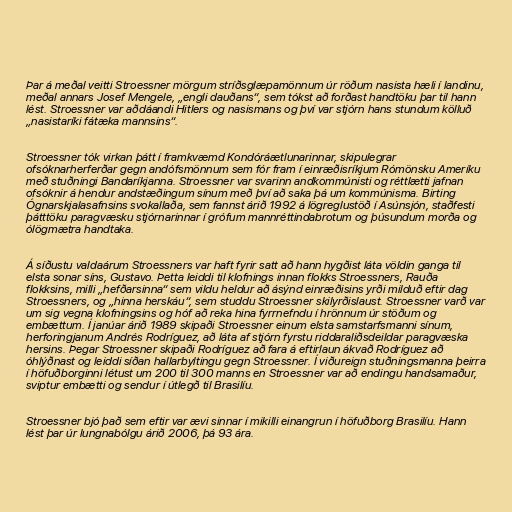
Þar á meðal veitti Stroessner mörgum stríðsglæpamönnum úr röðum nasista hæli í landinu,
meðal annars Josef Mengele, „engli dauðans“, sem tókst að forðast handtöku þar til hann
lést. Stroessner var aðdáandi Hitlers og nasismans og því var stjórn hans stundum kölluð
„nasistaríki fátæka mannsins“.

Stroessner tók virkan þátt í framkvæmd Kondóráætlunarinnar, skipulegrar
ofsóknarherferðar gegn andófsmönnum sem fór fram í einræðisríkjum Rómönsku Ameríku
með stuðningi Bandaríkjanna. Stroessner var svarinn andkommúnisti og réttlætti jafnan
ofsóknir á hendur andstæðingum sínum með því að saka þá um kommúnisma. Birting
Ógnarskjalasafnsins svokallaða, sem fannst árið 1992 á lögreglustöð í Asúnsjón, staðfesti
þátttöku paragvæsku stjórnarinnar í grófum mannréttindabrotum og þúsundum morða og
ólögmætra handtaka.

Á síðustu valdaárum Stroessners var haft fyrir satt að hann hygðist láta völdin ganga til
elsta sonar síns, Gustavo. Þetta leiddi til klofnings innan flokks Stroessners, Rauða
flokksins, milli „hefðarsinna“ sem vildu heldur að ásýnd einræðisins yrði milduð eftir dag
Stroessners, og „hinna herskáu“, sem studdu Stroessner skilyrðislaust. Stroessner varð var
um sig vegna klofningsins og hóf að reka hina fyrrnefndu í hrönnum úr stöðum og
embættum. Í janúar árið 1989 skipaði Stroessner einum elsta samstarfsmanni sínum,
herforingjanum Andrés Rodríguez, að láta af stjórn fyrstu riddaraliðsdeildar paragvæska
hersins. Þegar Stroessner skipaði Rodríguez að fara á eftirlaun ákvað Rodríguez að
óhlýðnast og leiddi síðan hallarbyltingu gegn Stroessner. Í viðureign stuðningsmanna þeirra
í höfuðborginni létust um 200 til 300 manns en Stroessner var að endingu handsamaður,
sviptur embætti og sendur í útlegð til Brasilíu.

Stroessner bjó það sem eftir var ævi sinnar í mikilli einangrun í höfuðborg Brasilíu. Hann
lést þar úr lungnabólgu árið 2006, þá 93 ára.